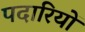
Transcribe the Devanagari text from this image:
पदारियों